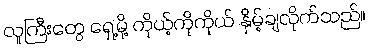
လူကြီးတွေ ရှေ့မို့ ကိုယ့်ကိုကိုယ် နှိမ့်ချလိုက်သည်။